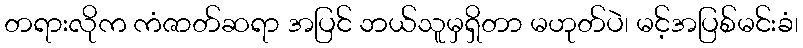
တရားလိုက ကံဇာတ်ဆရာ အပြင် ဘယ်သူမှရှိတာ မဟုတ်ပဲ၊ မင့်အပြစ်မင်းခံ၊